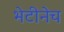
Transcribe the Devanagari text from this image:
भेटीनेच